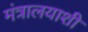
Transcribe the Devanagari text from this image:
मंत्रालयाशी